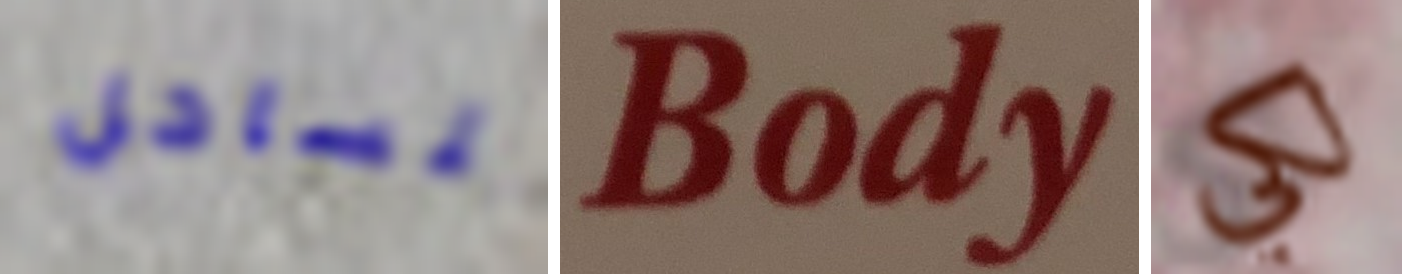
للساحل Body لكي